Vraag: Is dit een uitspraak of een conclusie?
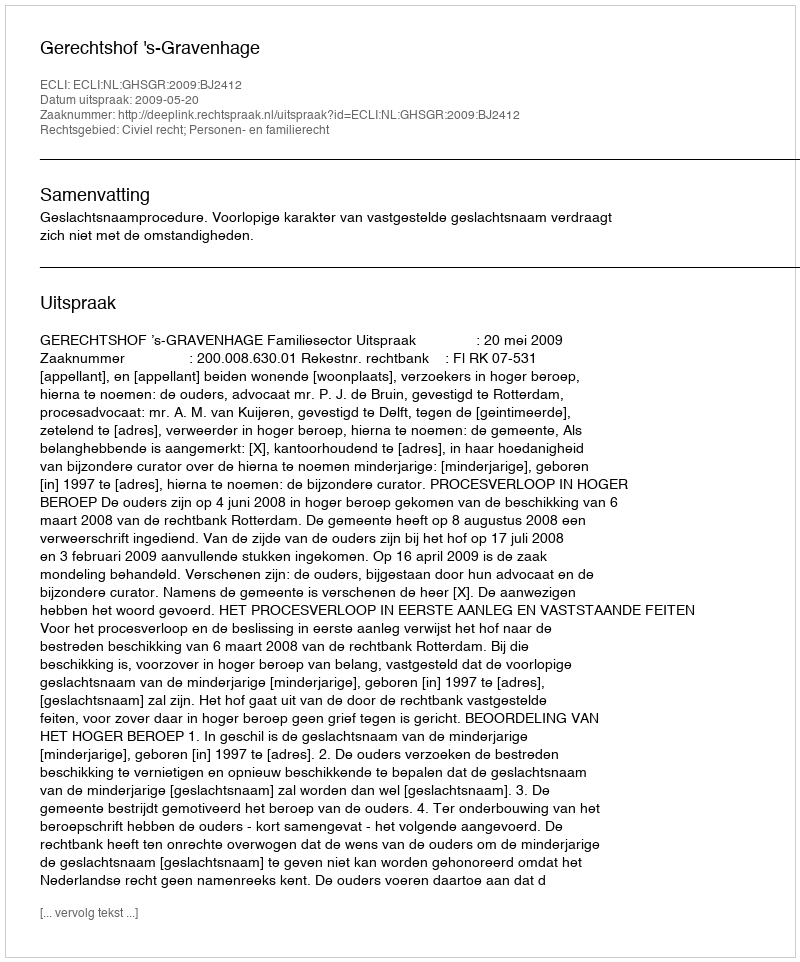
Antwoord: Uitspraak